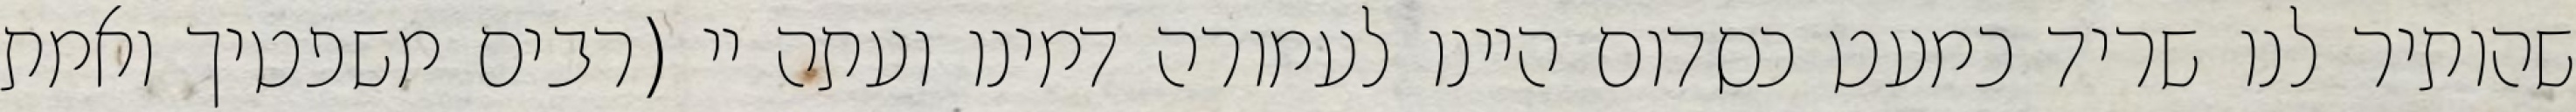
שהותיר לנו שריד כמעט כסדום היינו לעמורה דמינו ועתה יי (רבים משפטיך ואמת